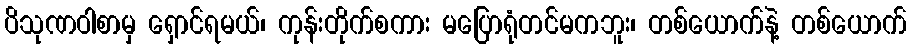
ပိသုဏဝါစာမှ ရှောင်ရမယ်၊ ကုန်းတိုက်စကား မပြောရုံတင်မကဘူး၊ တစ်ယောက်နဲ့ တစ်ယောက်